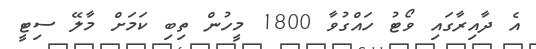
އެ ދާއިރާގައި ވޯޓު ހައްގުވާ 1800 މީހުން ތިބި ކަމަށް މާލޭ ސިޓީ